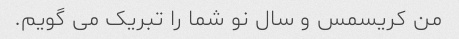
من کریسمس و سال نو شما را تبریک می گویم.